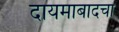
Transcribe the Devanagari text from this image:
दायमाबादचा